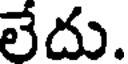
లేదు.